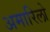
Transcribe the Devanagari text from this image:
अमारिलो